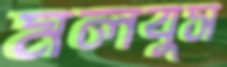
মলবুস